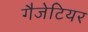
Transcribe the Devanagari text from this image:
गैजेटियर